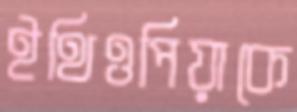
ইথিওপিয়াকে